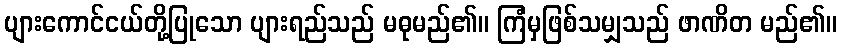
ပျားကောင်ငယ်တို့ပြုသော ပျားရည်သည် မဓုမည်၏။ ကြံမှဖြစ်သမျှသည် ဖာဏိတ မည်၏။